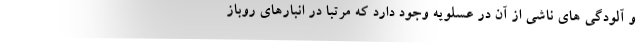
و آلودگی های ناشی از آن در عسلویه وجود دارد که مرتبا در انبارهای روباز